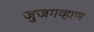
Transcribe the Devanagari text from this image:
जुजगव्हाण